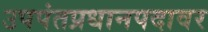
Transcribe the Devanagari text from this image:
उपपंतप्रधानपदावर